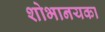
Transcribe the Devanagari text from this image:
शोभानयका